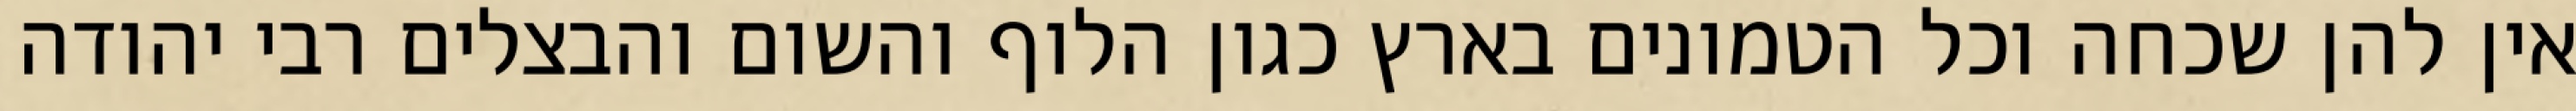
אין להן שכחה וכל הטמונים בארץ כגון הלוף והשום והבצלים רבי יהודה